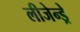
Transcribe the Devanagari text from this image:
लीजेन्ड्रे